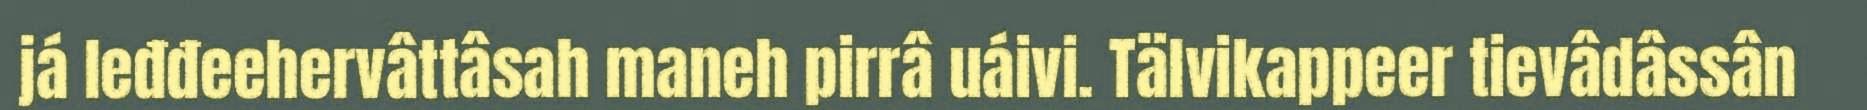
já leđđeehervâttâsah maneh pirrâ uáivi. Tälvikappeer tievâdâssân